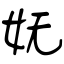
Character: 妩